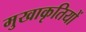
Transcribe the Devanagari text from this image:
मुखाकृतियों